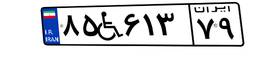
۱۷W۲۴۰۹۳